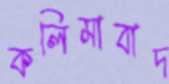
কলিমাবাদ